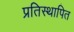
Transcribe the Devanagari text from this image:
प्रतिस्थापित